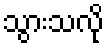
သွားသလို